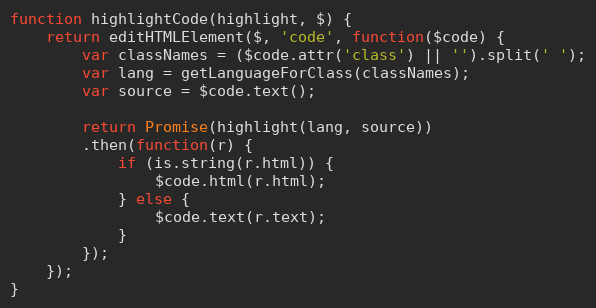
Language: JavaScript
function highlightCode(highlight, $) {
    return editHTMLElement($, 'code', function($code) {
        var classNames = ($code.attr('class') || '').split(' ');
        var lang = getLanguageForClass(classNames);
        var source = $code.text();

        return Promise(highlight(lang, source))
        .then(function(r) {
            if (is.string(r.html)) {
                $code.html(r.html);
            } else {
                $code.text(r.text);
            }
        });
    });
}